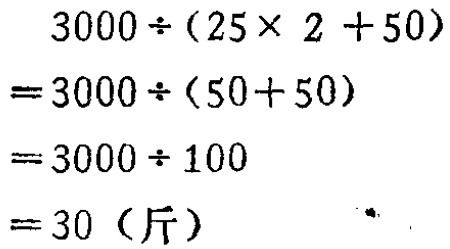
\[
\begin{align*}
&3000\div(25\times 2 + 50)\\
=&3000\div(50 + 50)\\
=&3000\div 100\\
=&30 (\text{斤})
\end{align*}
\]